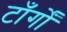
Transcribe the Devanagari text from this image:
टाँर्गों